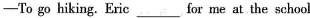
— To go hiking. Eric ___ for me at the school